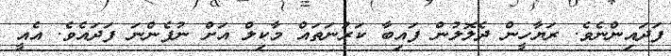
ފަދައިންނެވެ. ރަޔާހީން ދެލޮލުން ފައިބާ ކަރުނަތައް މާކިލް އަށް ނުފެންނަ ފަދައެވެ. އެއީ